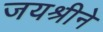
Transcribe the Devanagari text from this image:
जयश्रीने